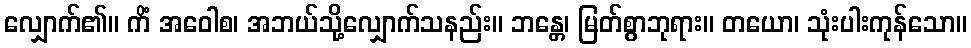
လျှောက်၏။ ကိံ အဝေါစ၊ အဘယ်သို့လျှောက်သနည်း။ ဘန္တေ၊ မြတ်စွာဘုရား။ တယော၊ သုံးပါးကုန်သော။